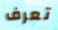
تعرف